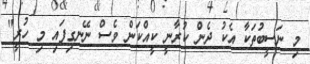
މި ނަސީބުތަކާ އެކު ދެން ކުރާނީ ކީއްކަން ވެސް ނޭނގިފައި މި ހުރީ"